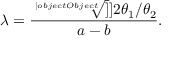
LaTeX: \lambda = \frac { \sqrt [ [object Object] ] ] { 2 \theta _ { 1 } / \theta _ { 2 } } } { a - b } .